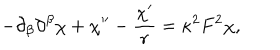
- \partial _ { \beta } \partial ^ { \beta } \chi + \chi ^ { \prime \prime } - \frac { \chi ^ { \prime } } { r } = \kappa ^ { 2 } F ^ { 2 } \chi ,